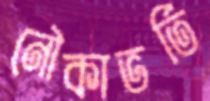
নৌকাভর্তি